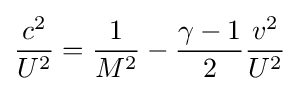
{\frac {c^{2}}{U^{2}}}={\frac {1}{M^{2}}}-{\frac {\gamma -1}{2}}{\frac {v^{2}}{U^{2}}}